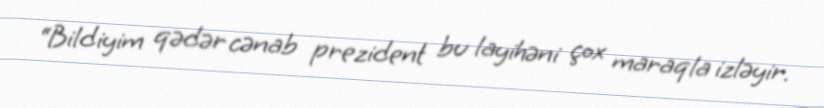
“Bildiyim qədər cənab prezident bu layihəni çox maraqla izləyir.